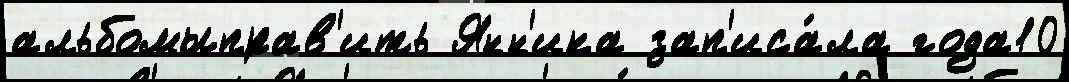
альбомыправ'ить Янн'ика зап'иса́ла года10